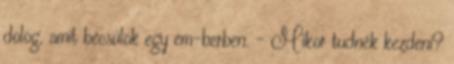
dolog, amit becsülök egy em-berben. - Mikor tudnék kezdeni?